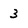
Character: 3